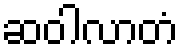
ဆဝါလာတံ